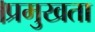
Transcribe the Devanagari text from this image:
।प्रमुखता